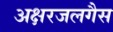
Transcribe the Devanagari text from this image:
अक्षरजलगैस